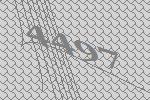
4497